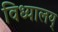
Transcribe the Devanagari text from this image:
विध्यालय्